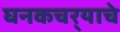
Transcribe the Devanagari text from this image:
घनकचर्‍याचे